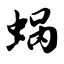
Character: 蜗